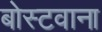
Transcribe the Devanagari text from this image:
बोस्टवाना